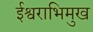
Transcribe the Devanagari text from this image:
ईश्वराभिमुख